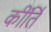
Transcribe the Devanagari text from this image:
कींर्ति